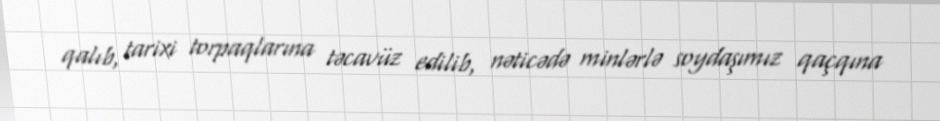
qalıb, tarixi torpaqlarına təcavüz edilib, nəticədə minlərlə soydaşımız qaçqına